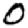
Digit: 0